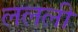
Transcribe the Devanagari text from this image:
ललली